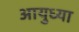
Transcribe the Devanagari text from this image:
आयुध्या